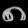
Digit: ၈